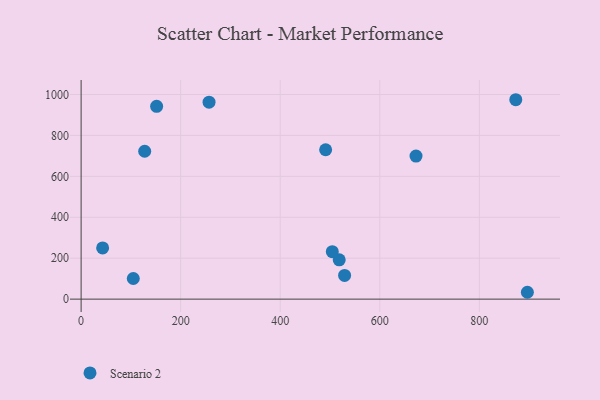
{"axis": {"x": "Engine Size", "y": "Fuel Efficiency"}, "legend": ["Scenario 2"], "data": [{"x": "43.2", "y": 250.3, "type": "Scenario 2"}, {"x": "896.5", "y": 33.5, "type": "Scenario 2"}, {"x": "518.5", "y": 192.0, "type": "Scenario 2"}, {"x": "529.3", "y": 115.6, "type": "Scenario 2"}, {"x": "127.7", "y": 722.7, "type": "Scenario 2"}, {"x": "151.7", "y": 942.2, "type": "Scenario 2"}, {"x": "104.8", "y": 100.9, "type": "Scenario 2"}, {"x": "491.2", "y": 729.9, "type": "Scenario 2"}, {"x": "873.2", "y": 974.4, "type": "Scenario 2"}, {"x": "504.6", "y": 231.8, "type": "Scenario 2"}, {"x": "257.0", "y": 962.5, "type": "Scenario 2"}, {"x": "672.8", "y": 699.2, "type": "Scenario 2"}]}